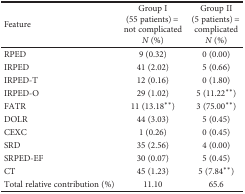
<table><thead><tr><td><b>Feature</b></td><td><b>Group I (55 patients) = not complicated<i>N</i> (%)</b></td><td><b>Group II (5 patients) = complicated<i>N</i> (%)</b></td></tr></thead><tbody><tr><td>RPED</td><td>9 (0.32)</td><td>0 (0.00)</td></tr><tr><td>IRPED</td><td>41 (2.02)</td><td>5 (0.66)</td></tr><tr><td>IRPED-T</td><td>12 (0.16)</td><td>0 (1.80)</td></tr><tr><td>IRPED-O</td><td>29 (1.02)</td><td>5 (11.22<sup>∗∗</sup>)</td></tr><tr><td>FATR</td><td>11 (13.18<sup>∗∗</sup>)</td><td>3 (75.00<sup>∗∗</sup>)</td></tr><tr><td>DOLR</td><td>44 (3.03)</td><td>5 (0.45)</td></tr><tr><td>CEXC</td><td>1 (0.26)</td><td>0 (0.45)</td></tr><tr><td>SRD</td><td>35 (2.56)</td><td>4 (0.00)</td></tr><tr><td>SRPED-EF</td><td>30 (0.07)</td><td>5 (0.45)</td></tr><tr><td>CT</td><td>45 (1.23)</td><td>5 (7.84<sup>∗∗</sup>)</td></tr><tr><td>Total relative contribution (%)</td><td>11.10</td><td>65.6</td></tr></tbody></table>